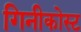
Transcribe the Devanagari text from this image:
गिनीकोस्ट